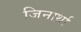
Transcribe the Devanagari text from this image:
जिनार्थ्रा